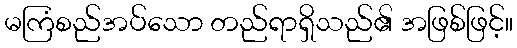
မကြံစည်အပ်သော တည်ရာရှိသည်၏ အဖြစ်ဖြင့်။